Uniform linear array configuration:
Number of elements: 32
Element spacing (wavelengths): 0.5
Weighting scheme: uniform
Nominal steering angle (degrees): -30
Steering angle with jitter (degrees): -31.439
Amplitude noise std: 0.05
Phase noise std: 0.05

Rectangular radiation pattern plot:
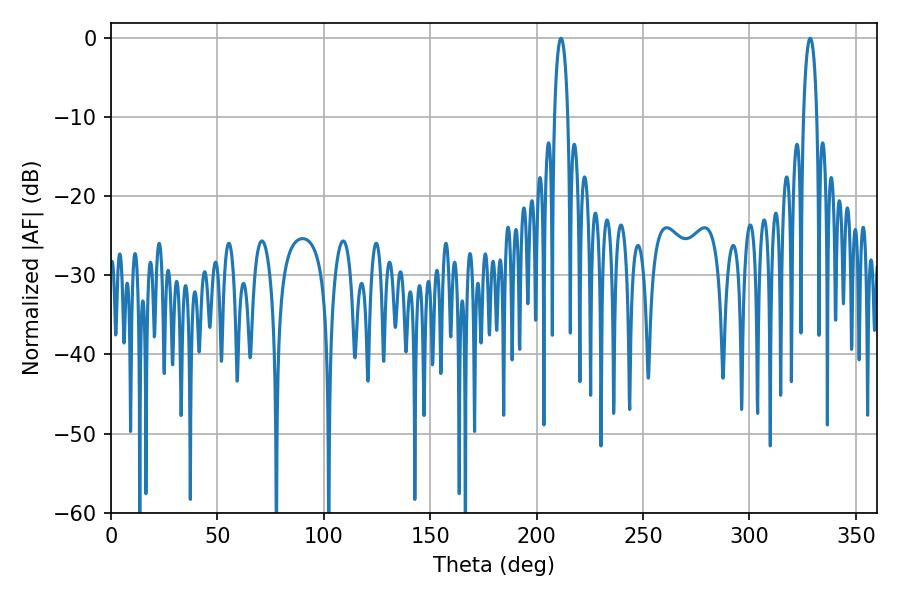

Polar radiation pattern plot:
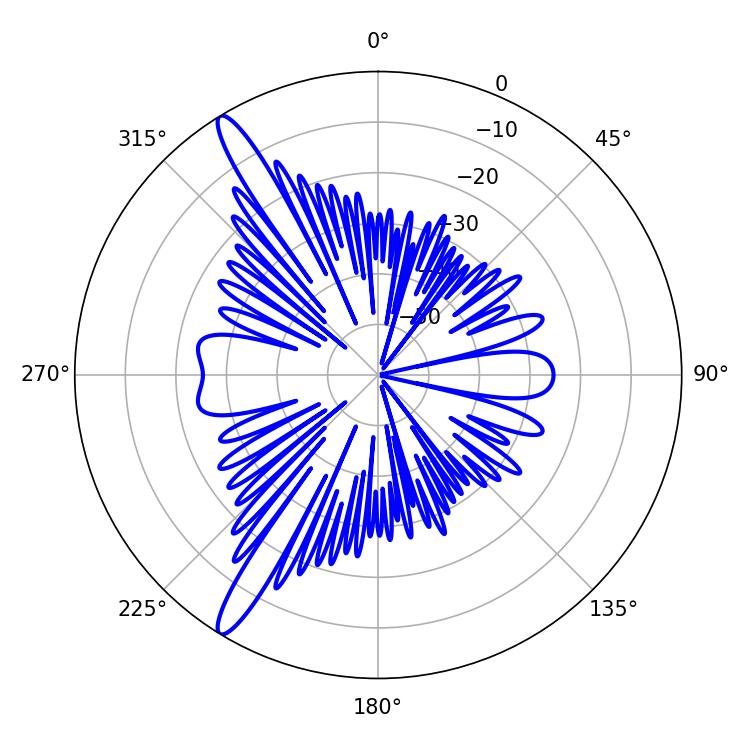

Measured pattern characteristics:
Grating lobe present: FALSE
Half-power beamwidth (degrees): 3.6
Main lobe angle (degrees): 328.5